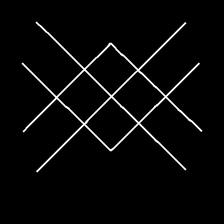
Glyph: crystal